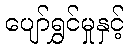
ပျော်ရွှင်မှုနှင့်